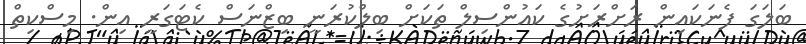
ބަލަގަ ފެނަކައިން ރަށްރަށުގެ ކައުންސިލް ތަކަށް ބިލްކުރަނީ ބިޒްނަސް ކެޓަގަރީ އިން. މިސްކިތް